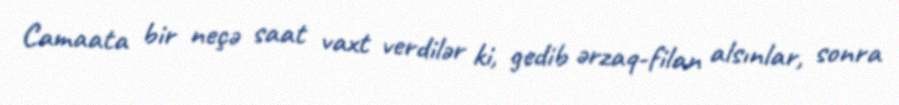
Camaata bir neçə saat vaxt verdilər ki, gedib ərzaq-filan alsınlar, sonra